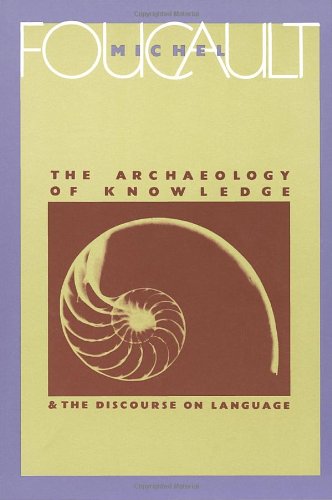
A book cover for The Archaeology of Knowledge; Michel Foucault; Politics & Social Sciences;